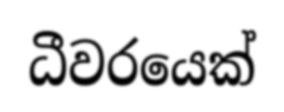
ධීවරයෙක්